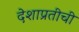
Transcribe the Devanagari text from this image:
देशाप्रतीची